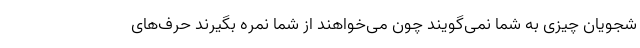
شجویان چیزی به شما نمی‌گویند چون می‌خواهند از شما نمره بگیرند حرف‌های